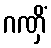
ဂဏှိံ